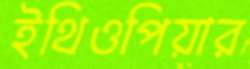
ইথিওপিয়ার